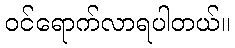
ဝင်ရောက်လာရပါတယ်။